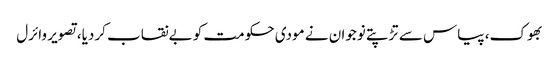
بھوک، پیاس سے تڑپتے نوجوان نے مودی حکومت کو بےنقاب کردیا، تصویر وائرل